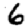
Digit: 6